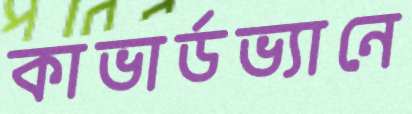
কাভার্ডভ্যানে